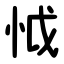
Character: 怴